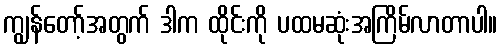
ကျွန်တော့်အတွက် ဒါက ထိုင်းကို ပထမဆုံးအကြိမ်လာတာပါ။